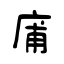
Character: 庯